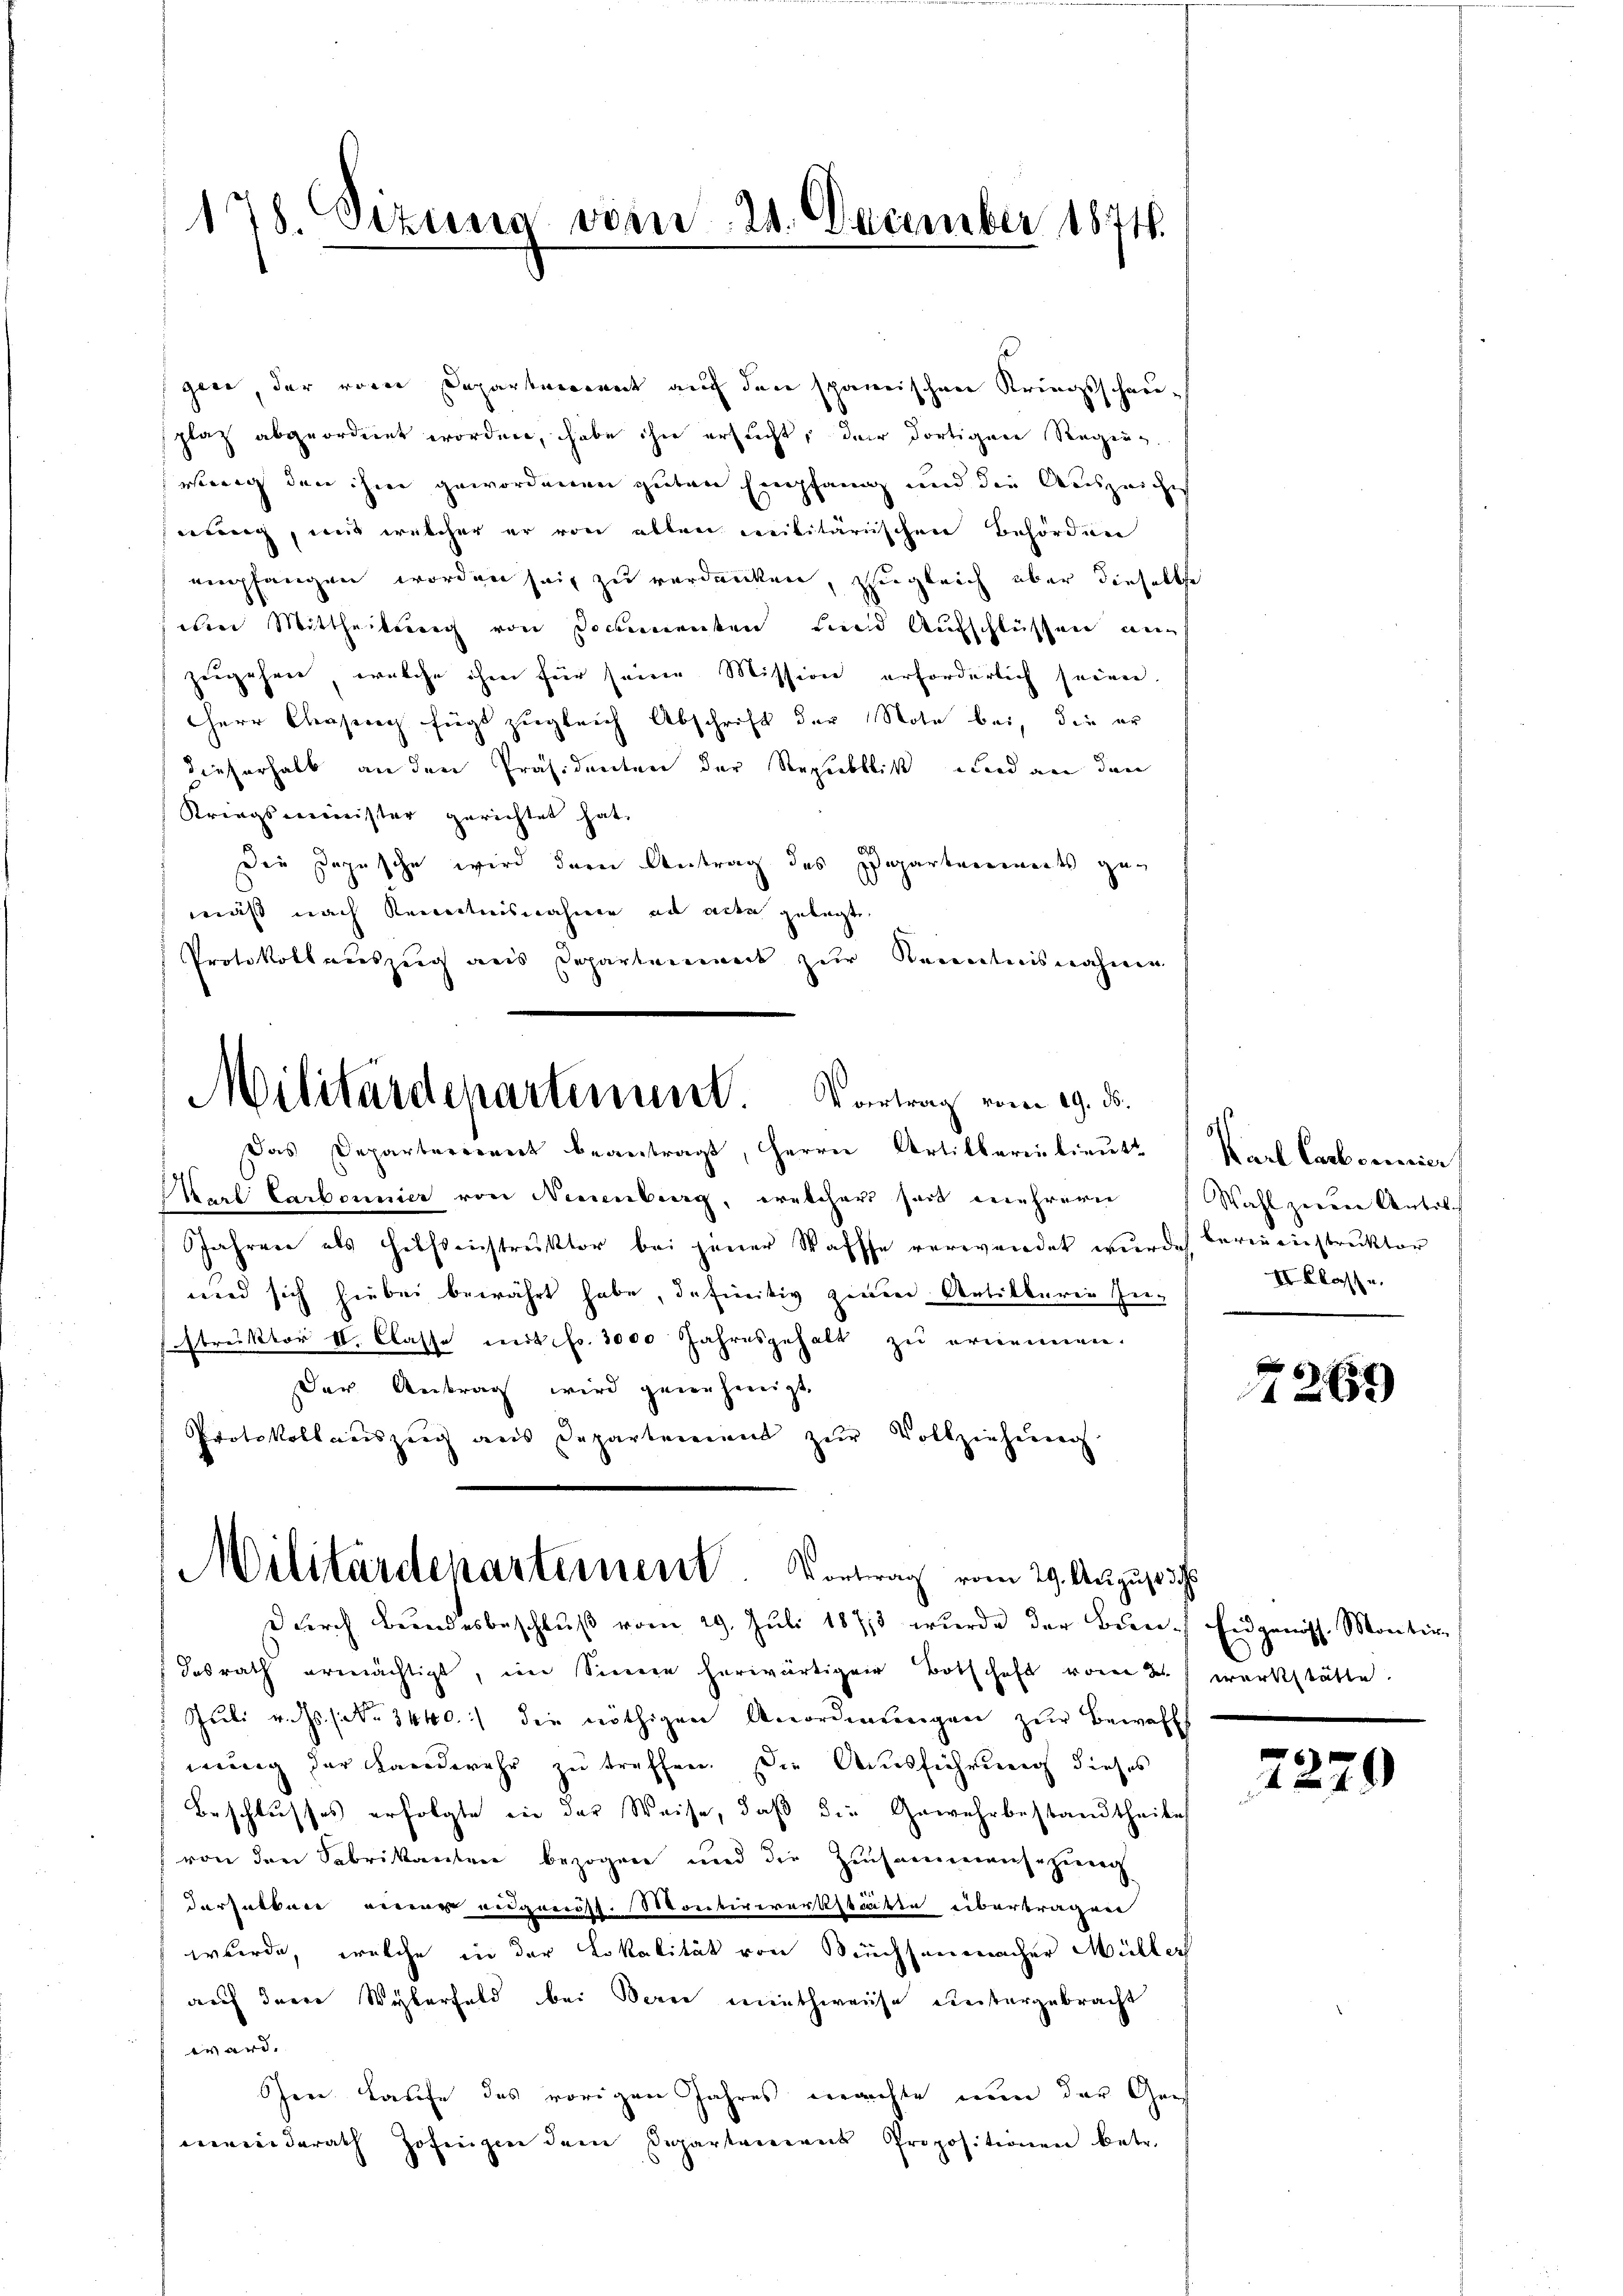
.
178. Sezung von 21. December 1874.

gere, der vom Departement auf den spännischen Kriegsschau-
splatz abgeordnet worden, habe ihn ersucht, der dortigen Regung.
weg den ihm gewordenen guten Empfang und die Auszeiche
ung, und welcher er von allen militärischen Behörden
empfangen worden sei, zu verdanken, zugleich über dieselbe
m Mittheilung von Documenten und Aufschlüssen nu
zugehen, welche ihm für seine Mission erforderlich seien
HHerr Chrasenach fügt zugleich Abschrift der Note bei, die er
dieserhalb an den Präsidenten der Republik und an den
Kriegsminister gerichtet hat,
Die Depesche wird der Antrag des Departenwarts gen
mäß nach Kenntnisnahmen ad acte gelegt
Protokollauszug aus Departement zur Kenntnisnahme

Militärdepartimunst. Vortrag vom 19. ds.

Das Departerrient beantragt, Herrn Artilberin lieutt
Karl Carbonnier von Neuenburg, welcher seit mehrern Wahl zum Antil¬
Jahren als Hebstenstruktor bei jener Wasse verwendet wurde bereinstruktor
und sich hiebei bewährt habe, definitiv zwei Artikkurie Instruktor II. Classe mit fr. 3000 Jahresgehalt zu ernennen.
Der Antrag wird genehmigt.
Protokoll auszeig aus Departement zŭr Vollziehung
desrath ermächtigt, im Sinne herwärtiger Botschaft vom 2. werkstätte.
Juli v. Js. No. 3440.) die nöthigen Anordnungen zur Bewaff
nung der Landwehr zu treffen. Die Ausführung dieses
Beschlusses erfolgte in der Weise, daß die Gewehrbestandtheile
von den Fabrikanton bezogen und die Zusammensezung
derfelbar wie eidgenöss. Montivwerkstätte überträgen
wurde, welche in der Lokalität von Sechsenmacher Müller
auch Inner Wyberfeld bei Berei miethweise untergebracht
ward.
hen Laufe das vorigen Jahres machte nun der Gevermeiderath Zofingen dem Departement Propositionen betr.

Militärdepartement. Kontrag vom 29. August d
dŭrch Brandesbeschlŭβ vom 29. Jŭli 1873 wŭrde der Bun- Eidgenöss. Montir

Karl Carbonerier
II. Klass u.

269

2279